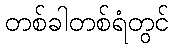
တစ်ခါတစ်ရံတွင်